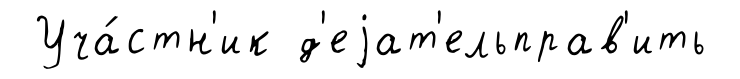
Уча́стн'ик д'еjат'ельправ'ить